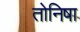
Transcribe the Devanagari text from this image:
तोनिषा